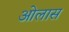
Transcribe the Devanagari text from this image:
ओलास